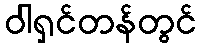
ဝါရှင်တန်တွင်